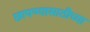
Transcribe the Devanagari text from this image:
छापण्यासाठीच्या